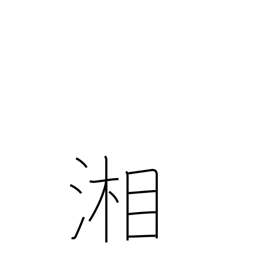
Meaning: the Sagami river